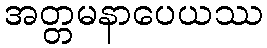
အတ္တမနာပေယဿ